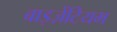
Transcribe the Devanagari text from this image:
बाइज़ेंटियम